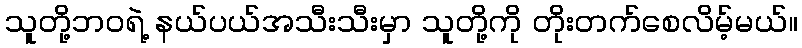
သူတို့ဘဝရဲ့ နယ်ပယ်အသီးသီးမှာ သူတို့ကို တိုးတက်စေလိမ့်မယ်။